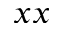
_ { x x }